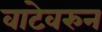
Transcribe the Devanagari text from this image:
वाटेवरुन